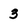
Character: 3